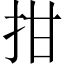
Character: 拑